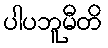
ပါပဘူမီတိ